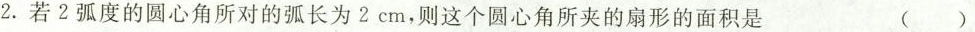
2.若2弧度的圆心角所对的弧长为2cm，则这个圆心角所夹的扇形的面积是 ( )